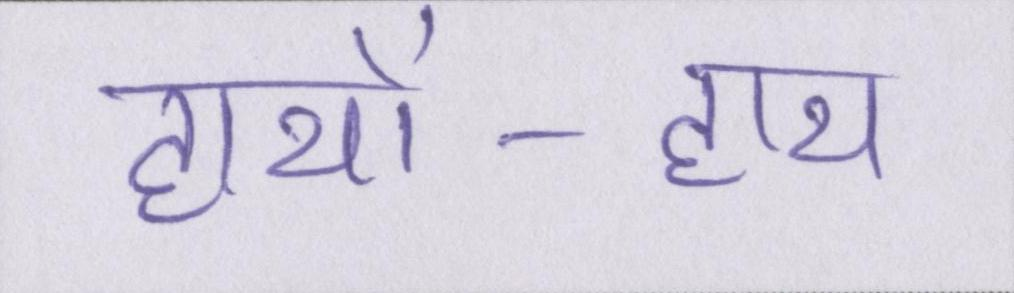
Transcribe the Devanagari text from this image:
हाथों-हाथ